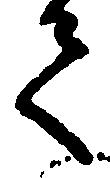
て